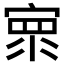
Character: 𰍓